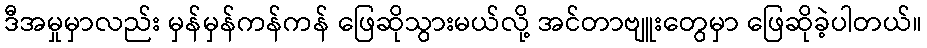
ဒီအမှုမှာလည်း မှန်မှန်ကန်ကန် ဖြေဆိုသွားမယ်လို့ အင်တာဗျူးတွေမှာ ဖြေဆိုခဲ့ပါတယ်။